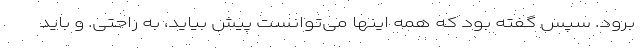
برود. سپس گفته بود که همه اینها می‌توانست پیش بیاید، به راحتی. و باید